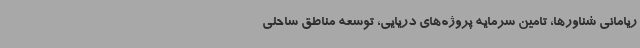
ریامانی شناورها، تامین سرمایه پروژه‌های دریایی، توسعه مناطق ساحلی